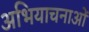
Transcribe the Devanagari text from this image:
अभियाचनाओं